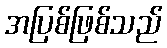
အပြစ်ဖြစ်သည်